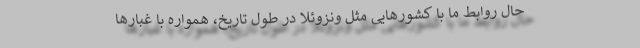
حال روابط ما با کشورهایی مثل ونزوئلا در طول تاریخ، همواره با غبارها